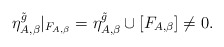
\begin{align*}\eta_{A,\beta}^{\tilde{g}}|_{F_{A,\beta}} = \eta_{A,\beta}^{\tilde{g}} \cup [F_{A,\beta}] \neq 0.\end{align*}